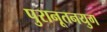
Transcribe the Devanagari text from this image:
पुरानूतनयुग